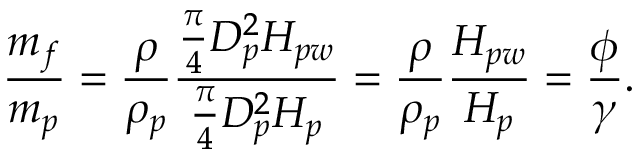
\frac { m _ { f } } { m _ { p } } = \frac { \rho } { \rho _ { p } } \frac { \frac { \pi } { 4 } D _ { p } ^ { 2 } H _ { p w } } { \frac { \pi } { 4 } D _ { p } ^ { 2 } H _ { p } } = \frac { \rho } { \rho _ { p } } \frac { H _ { p w } } { H _ { p } } = \frac { \phi } { \gamma } .